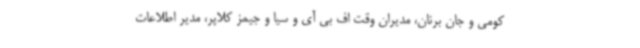
کومی و جان برنان، مدیران وقت اف بی آی و سیا و جیمز کلاپر، مدیر اطلاعات